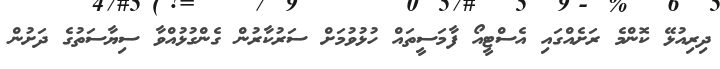
ދިރިއުޅޭ ކޮންމެ ރަށެއްގައި އެސްޓީއޯ ފާމަސީތައް ހުޅުވުމަށް ސަރުކާރުން ގެންގުޅުއްވާ ސިޔާސަތުގެ ދަށުން